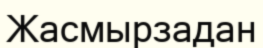
Жасмырзадан